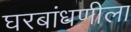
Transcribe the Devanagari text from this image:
घरबांधणीला